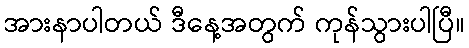
အားနာပါတယ် ဒီနေ့အတွက် ကုန်သွားပါပြီ။